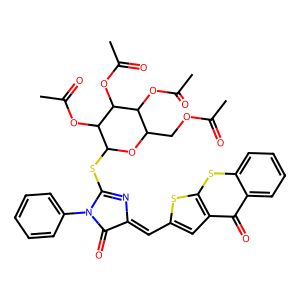
SMILES: CC(=O)OCC1OC(SC2=NC(=Cc3cc4c(=O)c5ccccc5sc4s3)C(=O)N2c2ccccc2)C(OC(C)=O)C(OC(C)=O)C1OC(C)=O
Inhibits HIV replication: No